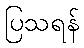
ပြသရန်